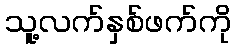
သူ့လက်နှစ်ဖက်ကို